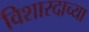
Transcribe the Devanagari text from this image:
विशारदाच्या